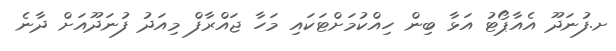
ށ.ފުނަދޫ އެއާޕޯޓު އަޅާ ބިން ހިއްކުމަށްޓަކައި މަހާ ޖައްރާފް މިއަދު ފުނަދޫއަށް ދާނެ